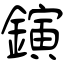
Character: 鏔